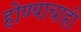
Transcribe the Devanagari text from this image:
होण्याचाही